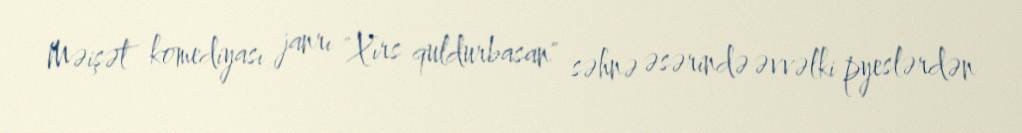
Məişət komediyası janrı "Xırs quldurbasan" səhnə əsərində əvvəlki pyeslərdən